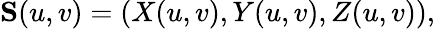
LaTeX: \mathbf{S}(u,v)=(X(u,v),Y(u,v),Z(u,v)),